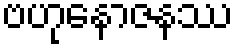
ဗဟုနောဇနဿ